Annual administration report of the Civil Veterinary Department of India - 1895-1896
Year: 1895
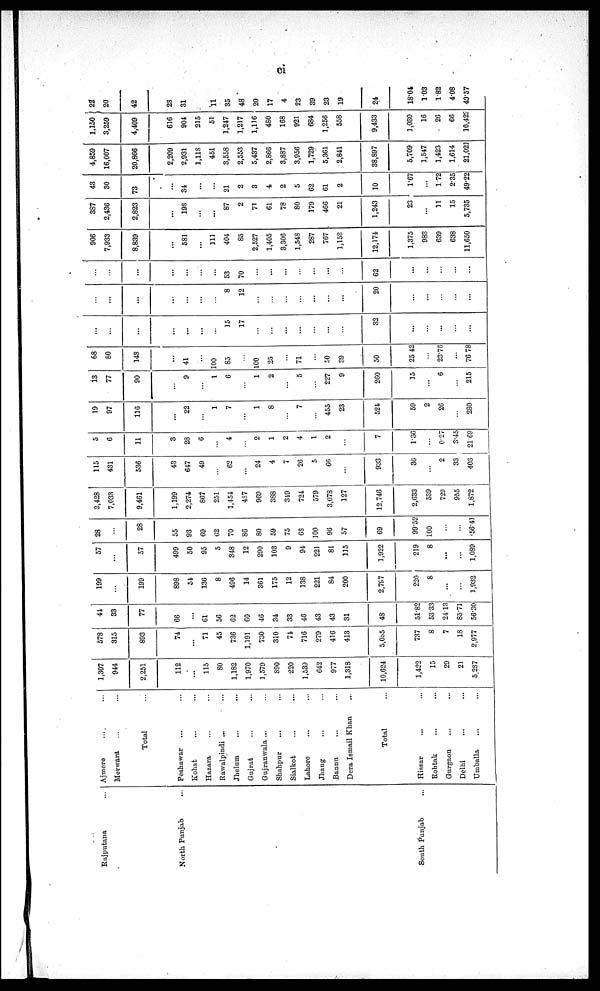
ci
Rajputana ...
North Punjab ...
South Punjab ...
Ajmere ... ...
Merwara ... ...
Total ...
Peshawar ... ...
Kohat ... ...
Hazara ... ...
Rawalpindi ... ...
Jhelum ... ...
Gujrat ... ...
Gujranwala ... ...
Shahpur ... ...
Sialkot ... ...
Lahore ... ...
Jhang ... ...
Bannu ... ...
Dera Ismail Khan ...
Total ...
Hissar ... ...
Rohtak ... ...
Gurgaon ... ...
Delhi ... ...
Umballa ... ...
1,307
944
2,251
112
...
115
80
1,182
1,970
1,570
890
220
1,539
642
977
1,318
10,624
1,422
15
29
21
5,287
578
315
893
74
...
71
45
736
1,191
730
310
74
716
279
416
413
5,055
737
8
7
18
2,977
44
33
77
66
...
61
56
62
60
46
34
33
46
43
43
31
48
51.82
53.33
24.13
85.71
56.30
199
...
199
898
54
136
8
496
14
361
175
12
138
221
84
200
2,797
220
8
...
...
1,932
57
...
57
499
50
95
5
348
12
290
103
9
94
221
81
115
1,922
219
8
...
...
1,089
28
...
28
55
93
69
62
70
86
80
59
75
68
100
96
57
69
99.52
100
...
...
56.41
2,428
7,033
9,461
1,199
2,274
867
251
1,454
487
969
388
349
724
579
3,078
127
12,746
2,633
539
729
955
1,872
115
431
536
43
647
49
...
62
...
24
4
7
26
5
66
...
933
36
...
2
33
406
5
6
11
3
28
6
...
4
...
2
1
2
4
1
2
...
7
1.36
...
0.27
3.45
21.69
19
97
116
...
22
...
1
7
...
1
8
...
7
...
455
23
524
59
2
26
...
280
13
77
90
...
9
...
1
6
...
1
2
...
5
...
227
9
260
15
...
6
...
215
68
80
148
...
41
...
100
85
...
100
25
...
71
...
50
39
50
25.42
...
23.76
...
76.78
...
...
...
...
...
...
...
15
17
...
...
...
...
...
...
...
32
...
...
...
...
...
...
...
...
...
...
...
...
8
12
...
...
...
...
...
...
...
20
...
...
...
...
...
...
...
...
...
...
...
...
53
70
...
...
...
...
...
...
...
62
...
...
...
...
...
906
7,933
8,839
...
581
...
111
404
85
2,527
1,405
3,306
1,548
287
767
1,153
12,174
1,375
983
639
638
11,650
387
2,436
2,823
...
198
...
...
87
2
71
61
78
80
179
466
21
1,243
23
...
11
15
5,735
43
30
73
...
34
...
...
21
2
3
4
2
5
62
61
2
10
1.67
...
1.72
2.35
49.22
4,859
16,007
20,866
2,209
2,931
1,118
451
3,558
2,553
5,437
2,866
3,887
3,956
1,729
5,361
2,841
38,897
5,709
1,547
1,423
1,614
21,021
1,150
3,259
4,409
616
904
215
51
1,247
1,217
1,116
480
168
921
684
1,256
558
9,433
1,030
16
26
66
10,422
22
20
42
28
31
11
35
48
20
17
4
23
39
23
19
24
18.04
1.03
1.82
4.08
49.57